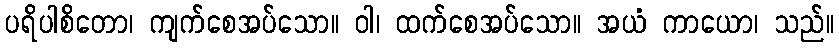
ပရိပါစိတော၊ ကျက်စေအပ်သော။ ဝါ၊ ထက်စေအပ်သော။ အယံ ကာယော၊ သည်။